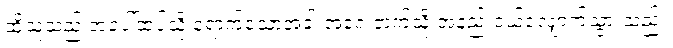
ထိုသူသည် အပေါ်ထပ်သို့ ရောက်သောအခါ အရှေ့ဘက်သို့ အနည်းငယ်လျှောက်သွားသည်။